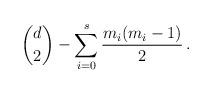
\begin{align*}\binom{d}{2}-\sum_{i=0}^s \frac{m_i(m_i-1)}{2}\,.\end{align*}